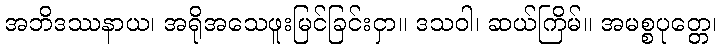
အဘိဒဿနာယ၊ အရိုအသေဖူးမြင်ခြင်းငှာ။ ဒသဝါ၊ ဆယ်ကြိမ်။ အမစ္စပုတ္တေ၊